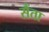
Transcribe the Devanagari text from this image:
सैंता